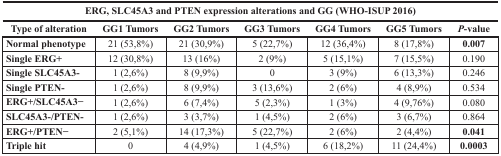
<table><thead><tr><td colspan="7"><b>ERG, SLC45A3 and PTEN expression alterations and GG (WHO-ISUP 2016)</b></td></tr><tr><td><b>Type of alteration</b></td><td><b>GG1 Tumors</b></td><td><b>GG2 Tumors</b></td><td><b>GG3 Tumors</b></td><td><b>GG4 Tumors</b></td><td><b>GG5 Tumors</b></td><td><b><i>P</i>-value</b></td></tr></thead><tbody><tr><td><b>Normal phenotype</b></td><td>21 (53,8%)</td><td>21 (30,9%)</td><td>5 (22,7%)</td><td>12 (36,4%)</td><td>8 (17,8%)</td><td><b>0.007</b></td></tr><tr><td><b>Single ERG+</b></td><td>12 (30,8%)</td><td>13 (16%)</td><td>2 (9%)</td><td>5 (15,1%)</td><td>7 (15,5%)</td><td>0.190</td></tr><tr><td><b>Single SLC45A3-</b></td><td>1 (2,6%)</td><td>8 (9,9%)</td><td>0</td><td>3 (9%)</td><td>6 (13,3%)</td><td>0.246</td></tr><tr><td><b>Single PTEN-</b></td><td>1 (2,6%)</td><td>8 (9,9%)</td><td>3 (13,6%)</td><td>2 (6%)</td><td>4 (8,9%)</td><td>0.534</td></tr><tr><td><b>ERG+/SLC45A3−</b></td><td>1 (2,6%)</td><td>6 (7,4%)</td><td>5 (2,3%)</td><td>1 (3%)</td><td>4 (9,76%)</td><td>0.080</td></tr><tr><td><b>SLC45A3-/PTEN-</b></td><td>1 (2,6%)</td><td>3 (3,7%)</td><td>1 (4,5%)</td><td>2 (6%)</td><td>3 (6,7%)</td><td>0.864</td></tr><tr><td><b>ERG+/PTEN−</b></td><td>2 (5,1%)</td><td>14 (17,3%)</td><td>5 (22,7%)</td><td>2 (6%)</td><td>2 (4,4%)</td><td><b>0.041</b></td></tr><tr><td><b>Triple hit</b></td><td>0</td><td>4 (4,9%)</td><td>1 (4,5%)</td><td>6 (18,2%)</td><td>11 (24,4%)</td><td><b>0.0003</b></td></tr></tbody></table>